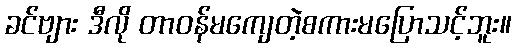
ခင်ဗျား ဒီလို တာဝန်မကျေတဲ့စကားမပြောသင့်ဘူး။